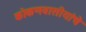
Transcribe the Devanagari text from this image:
कोकणवासीयांचे